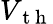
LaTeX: V_{\mathrm{~t~h~}}